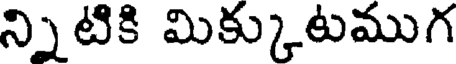
న్నిటికి మిక్కుటముగ